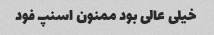
خیلی عالی بود ممنون اسنپ فود